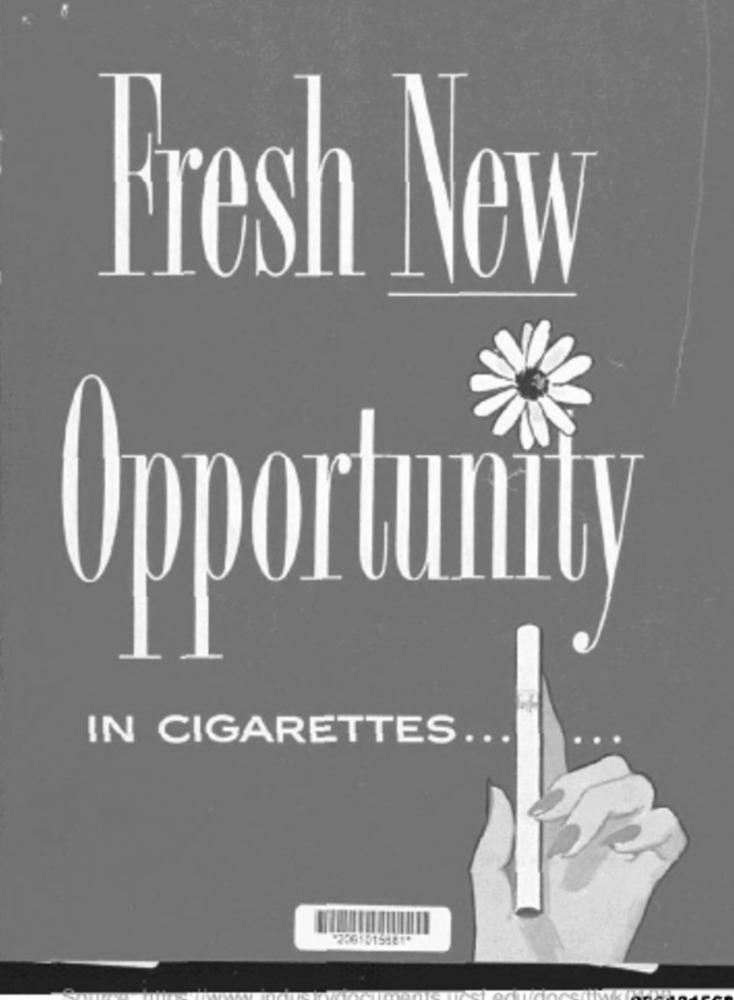
Fresh New
Opportunity
IN CIGARETTES ...
*2061515481*